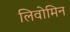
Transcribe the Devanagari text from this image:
लिवोमिन